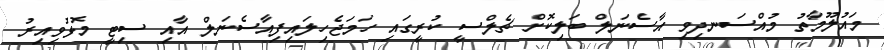
މައުލޫމާތު މުއްސަނދިވި އާސެނަލް ބަލިކޮށް ޗެލްސީ ކުރީގައި ހަމަޖެހިލައިފިއާސެނަލް އާއި ސިޓީ މޮޅުވިއިރު